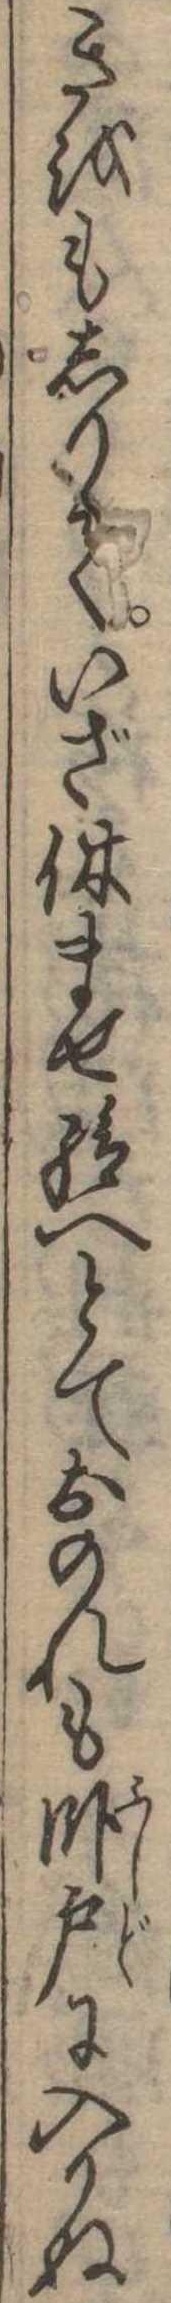
きをもしりていざ休ませ給へとておのれも臥戸に入りぬ